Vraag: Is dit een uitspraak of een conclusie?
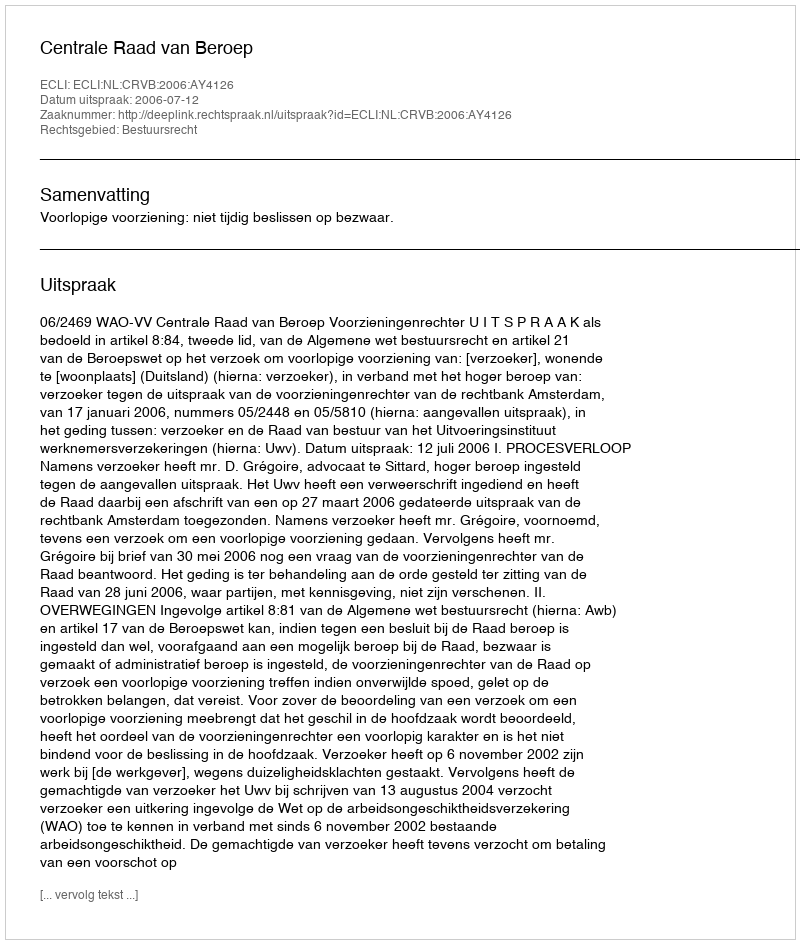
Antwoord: Uitspraak